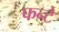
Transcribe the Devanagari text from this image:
फन्टे